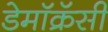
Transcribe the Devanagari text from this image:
डेमॉक्रॅसी